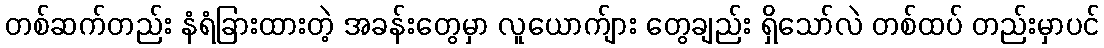
တစ်ဆက်တည်း နံရံခြားထားတဲ့ အခန်းတွေမှာ လူယောက်ျား တွေချည်း ရှိသော်လဲ တစ်ထပ် တည်းမှာပင်